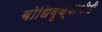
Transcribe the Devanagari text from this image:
बोधिवृक्षाचीही